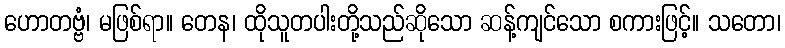
ဟောတဗ္ဗံ၊ မဖြစ်ရာ။ တေန၊ ထိုသူတပါးတို့သည်ဆိုသော ဆန့်ကျင်သော စကားဖြင့်။ သတော၊